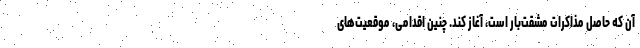
آن که حاصل مذاکرات مشقت‌بار است، آغاز کند. چنین اقدامی، موقعیت‌های